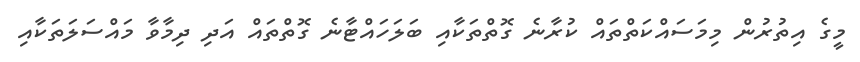
މީގެ އިތުރުން މިމަސައްކަތްތައް ކުރާނެ ގޮތްތަކާއި ބަލަހައްޓާނެ ގޮތްތައް އަދި ދިމާވާ މައްސަލަތަކާއި